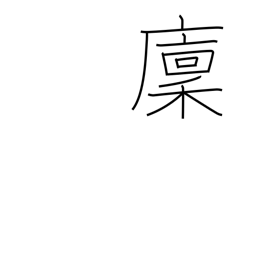
Meaning: rice storehouse